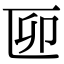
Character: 𠥰